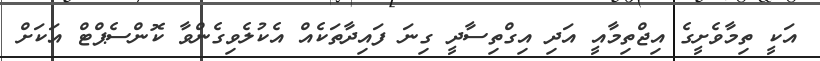
އަކީ ތިމާވެށީގެ އިޖްތިމާއީ އަދި އިގްތިސާދީ ގިނަ ފައިދާތަކެއް އެކުލެވިގެންވާ ކޮންސެޕްޓް އަކަށް